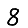
Digit: 8